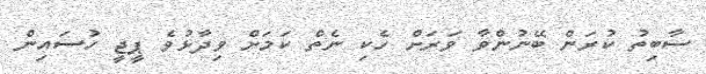
ސާބިތު ކުރަން ބޭނުންވާ ވަރަށް ހެކި ނެތް ކަމަށް ވިދާޅުވެ ޕީޖީ ހުސައިން